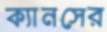
ক্যানসের